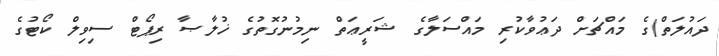
ދައުލަތް)ގެ މައްޗަށް ދަޢުވާކުރި މައްސަލާގެ ޝަރީޢަތް ނިމުނުގޮތުގެ ޚުލާޞާ ރިޕޯޓް ސިވިލް ކޯޓުގެ